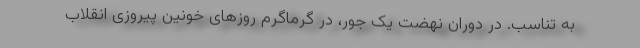
به تناسب. در دوران نهضت یک جور، در گرماگرم روزهای خونین پیروزی انقلاب